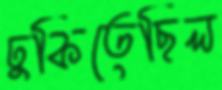
ঢুকিতেছিল